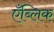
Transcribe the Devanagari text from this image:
एँब्लिक